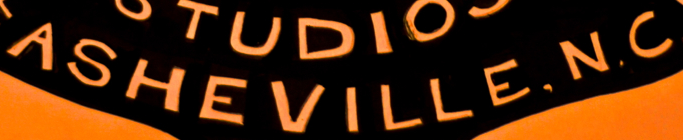
ASHEVILLE,N.C